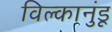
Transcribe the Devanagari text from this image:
विल्कानुंडू